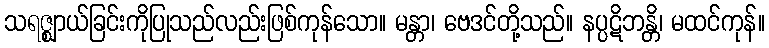
သရဇ္ဈာယ်ခြင်းကိုပြုသည်လည်းဖြစ်ကုန်သော။ မန္တာ၊ ဗေဒင်တို့သည်။ နပ္ပဋိဘန္တိ၊ မထင်ကုန်။